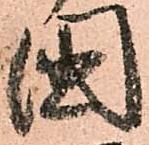
國